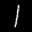
Digit: 1